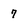
Character: 7